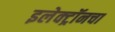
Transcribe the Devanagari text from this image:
इलेक्ट्रॉनचा